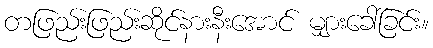
တဖြည်းဖြည်းဆိုင်နားနီးအောင် မျှားခေါ်ခြင်း။